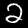
Digit: 2